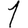
Digit: 1